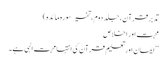
تدبر قرآن، جلد دوم، تفسیر سورہ مائدہ)
محبت اور اخلاص
’’ایمان اور تعلیم قرآن کی انتہا محبت الہی ہے۔